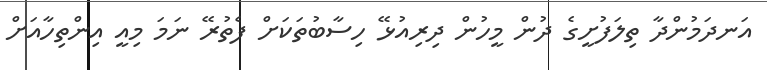
އަނދަމުންދާ ތިލަފުށީގެ ދުން މީހުން ދިރިއުޅޭ ހިސާބުތަކަށް ފެތުރޭ ނަމަ މިއީ އިންތިހާއަށް